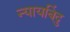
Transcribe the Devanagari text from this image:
न्यायबिंदु